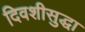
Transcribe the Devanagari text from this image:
दिवशीसुद्धा